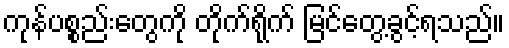
ကုန်ပစ္စည်းတွေကို တိုက်ရိုက် မြင်တွေ့ခွင့်ရသည်။